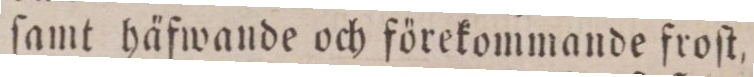
ſamt häfwande och förekommande froſt,